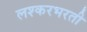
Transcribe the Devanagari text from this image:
लश्करभरती